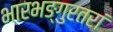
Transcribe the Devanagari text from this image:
भारभङ्गुरतरां